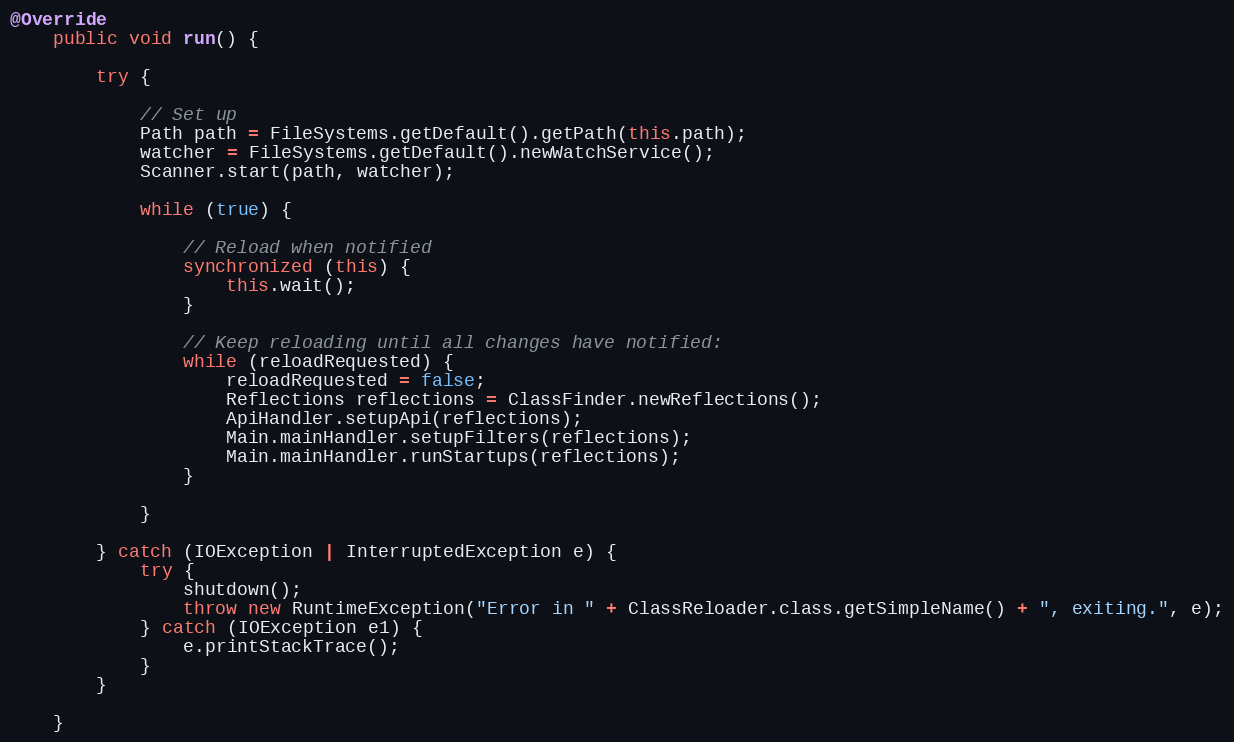
Language: Java
@Override
    public void run() {

        try {

            // Set up
            Path path = FileSystems.getDefault().getPath(this.path);
            watcher = FileSystems.getDefault().newWatchService();
            Scanner.start(path, watcher);

            while (true) {

                // Reload when notified
                synchronized (this) {
                    this.wait();
                }

                // Keep reloading until all changes have notified:
                while (reloadRequested) {
                    reloadRequested = false;
                    Reflections reflections = ClassFinder.newReflections();
                    ApiHandler.setupApi(reflections);
                    Main.mainHandler.setupFilters(reflections);
                    Main.mainHandler.runStartups(reflections);
                }

            }

        } catch (IOException | InterruptedException e) {
            try {
                shutdown();
                throw new RuntimeException("Error in " + ClassReloader.class.getSimpleName() + ", exiting.", e);
            } catch (IOException e1) {
                e.printStackTrace();
            }
        }

    }